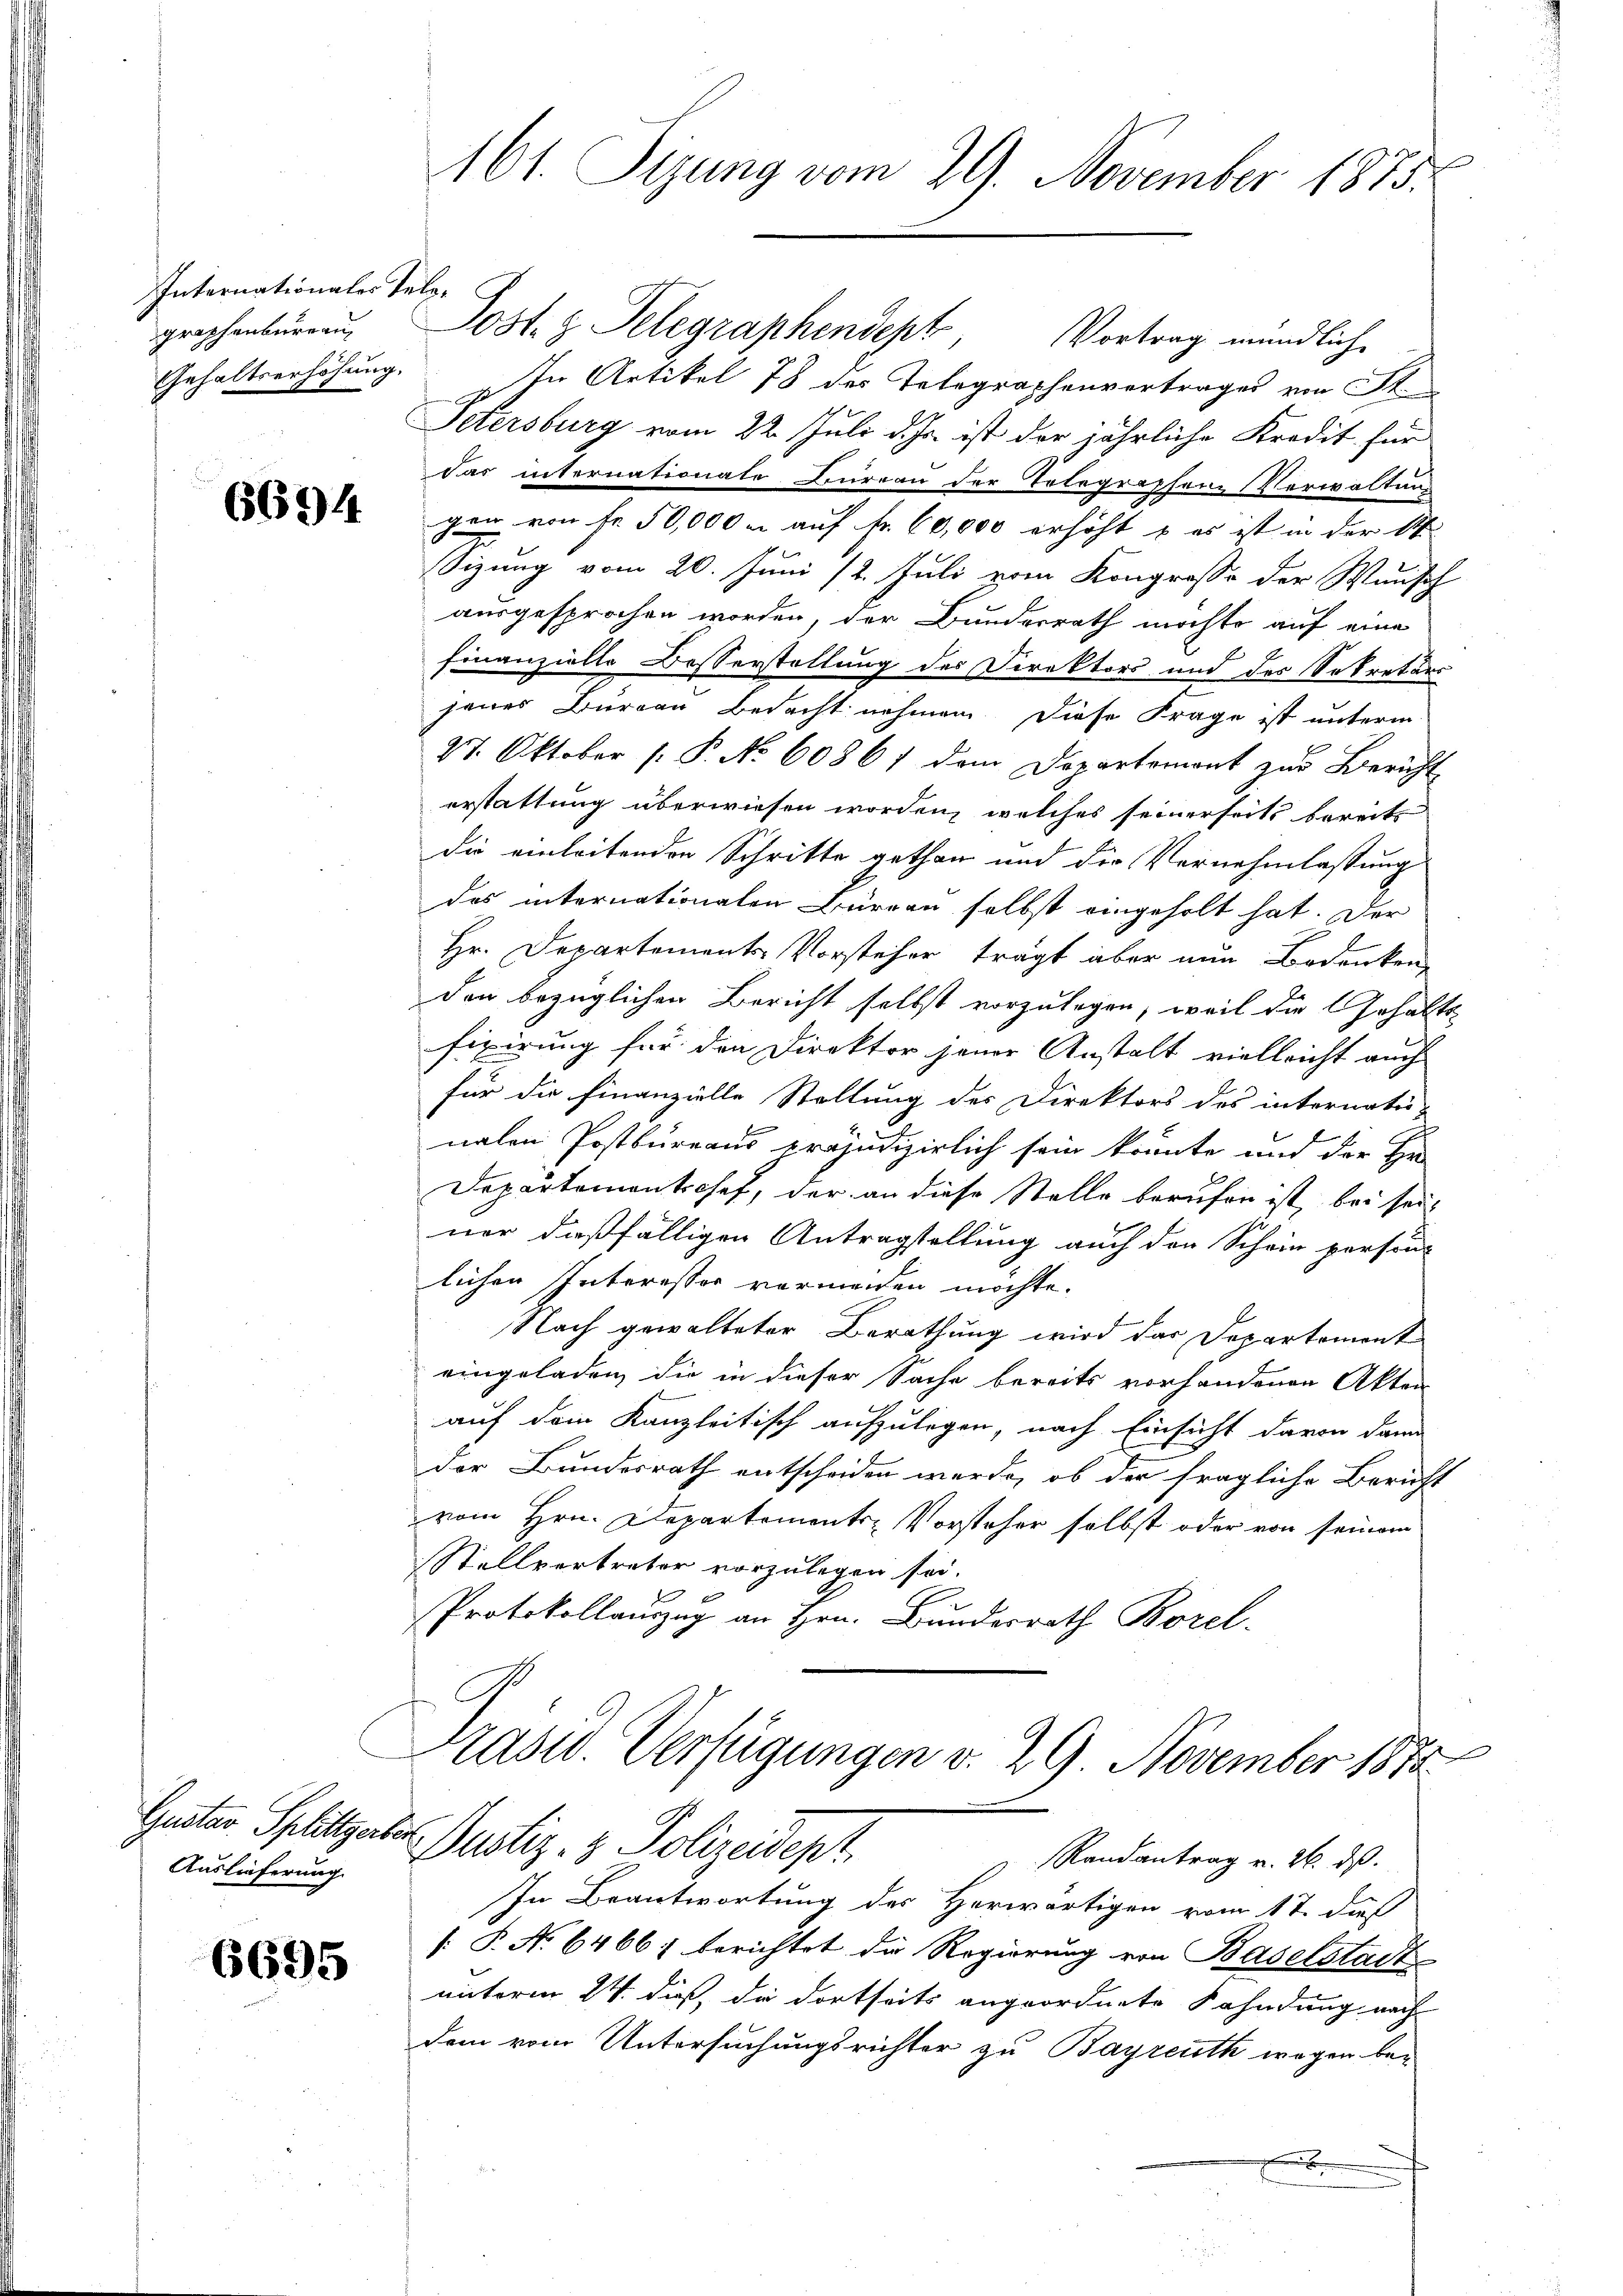
Internationales Telographenbureau,
Gehaltserhöhung.

6694.

Gustav Splitter
Auslieferung

6695

Post. z. Telegraphendept, Vortrag mündliche
In Artikel 78 des Telegraphenvertrages von St.
Petersburg vom 22. Juli d. Js. ist der jährliche Kredit für
das internationate Feureau der Telegraphene Verwaltung
gen von fr. 50,000 m auf Fr. 60,000 erhöht u es ist in der S
sizung vom 20. Juni /2. Juli vom Kongrosse der Wunsch
ausgesprochen worden, der Bundesrath möchte auf eine
finanzielle Besserstellung des Direktors und des Sekretärs
jenes Burgau Bedacht nehmen. Diese Frage ist unterm
27. Oktober (: P. No 60861 dem Departemont zur Bericht
erstattung überwiesen worden, welches seinerseits bereits
die einleitenden Schritte gethan und die Vernehmlassung
des internationalen Bürgen selbst eingeholt hat. Der
Hr. Departements-Vorsteher trägt aber nun Bedenken
den bezüglichen Bericht selbst vorzulegen, weil die Gehalts-
fixirung für den Direktor jener Anstalt vielleicht auch
für die Finanzielle Stellung der Direktors des internati
nalen Postbureaus präjudizierlich sein könnte und der Er-
Departementschef, der an diese Stelle berufen ist, bei sein
ner dießfälligen Antragstellung auch den Schein person
lichen Interessor vermeiden möchte.
Nach gewalteter Berathung wird das Departemont
eingeladen, die in dieser Sache bereits vorhandenen Akten
auf dem Kanzleitisch aufzulegen, nach Einsicht davon dann
der Bundesrath entscheiden werde, ob der fragliche Bericht
vom Hrn. Departements Vorsteher selbst oder von seinem
Stellvertreter vorzulegen sei.
Protokollauszug an Hrn. Bundesrath Borel

161. Sizung vom 29. November 1873.

Präsid. Verfügungen d. 29. November 1872
a
Oustiz- & Polizeidept.
 Randantrag v. 26. ds.

In Beantwortung des Herwärtigen vom 17. dieß
[: P. No 6466; berichtet die Regierung von Baselstadt
niterm 24. dieß, die dortseits angeordnete Fahndung nach
dem vom Untersuchungsrichter zu Bayreuth wegen be¬